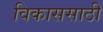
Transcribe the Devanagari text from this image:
विकाससाठी